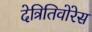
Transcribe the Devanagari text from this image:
देत्रितिवोरेस